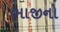
ભાજીનો